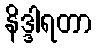
နိဒ္ဒါရတာ